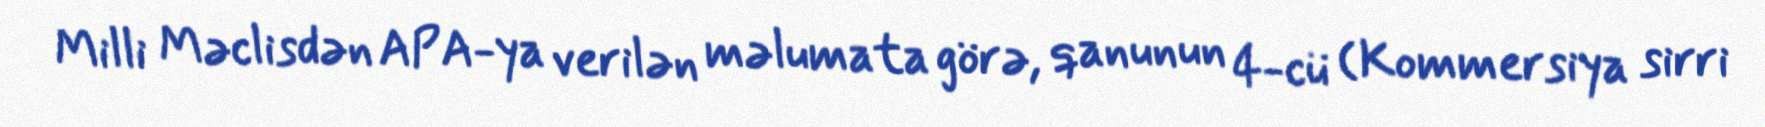
Milli Məclisdən APA-ya verilən məlumata görə, qanunun 4-cü (Kommersiya sirri